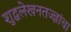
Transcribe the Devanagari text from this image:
शुद्धलेखनतज्‍ज्ञांचा